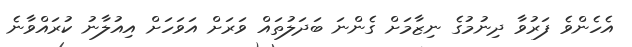
އެހެންވެ ފަރުވާ ދިނުމުގެ ނިޒާމަށް ގެންނަ ބަދަލުތައް ވަރަށް އަވަހަށް އިއުލާނު ކުރައްވާނެ